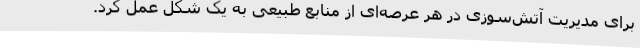
برای مدیریت آتش‌سوزی در هر عرصه‌ای از منابع طبیعی به یک شکل عمل کرد.